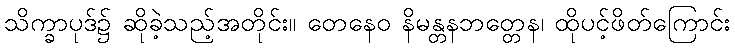
သိက္ခာပုဒ်၌ ဆိုခဲ့သည့်အတိုင်း။ တေနေဝ နိမန္တနဘတ္တေန၊ ထိုပင့်ဖိတ်ကြောင်း